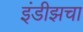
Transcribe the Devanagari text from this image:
इंडीझचा